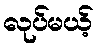
လုပ်မယ့်